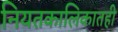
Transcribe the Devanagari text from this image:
नियतकालिकातही